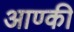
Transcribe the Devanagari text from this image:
आण्की